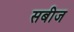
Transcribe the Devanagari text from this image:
सबीज